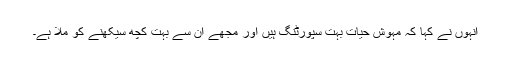
انہوں نے کہا کہ مہوش حیات بہت سپورٹنگ ہیں اور مجھے ان سے بہت کچھ سیکھنے کو ملا ہے۔